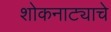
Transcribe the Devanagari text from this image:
शोकनाट्याचे